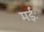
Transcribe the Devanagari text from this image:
मईः